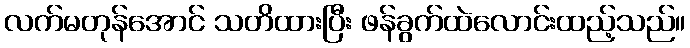
လက်မတုန်အောင် သတိထားပြီး ဖန်ခွက်ထဲလောင်းထည့်သည်။